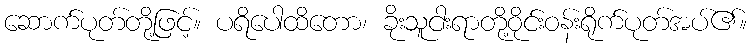
ဆောက်ပုတ်တို့ဖြင့်။ ပရိပေါထိတော၊ ခိုးသူငါးရာတို့ဝိုင်းဝန်းရိုက်ပုတ်အပ်၏။